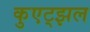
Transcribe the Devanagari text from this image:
कुएट्झल